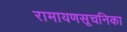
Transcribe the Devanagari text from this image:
रामायणसूचनिका